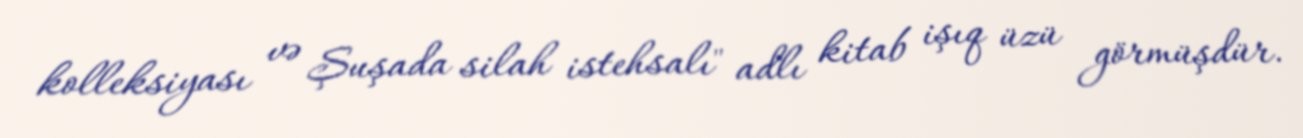
kolleksiyası və Şuşada silah istehsalı" adlı kitab işıq üzü görmüşdür.